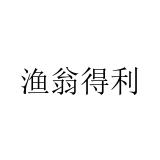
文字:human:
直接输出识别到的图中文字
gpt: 渔翁得利